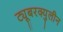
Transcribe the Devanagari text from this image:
ट्यूबरक्युलीन